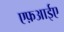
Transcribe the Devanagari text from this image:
एफ़आईए